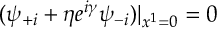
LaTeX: ( \psi _ { + i } + \eta e ^ { i \gamma } \psi _ { - i } ) | _ { x ^ { 1 } = 0 } = 0